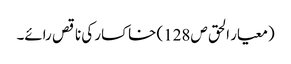
(معیار الحق ص128) خاکسار کی ناقص رائے۔